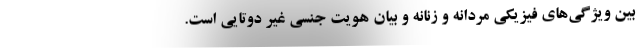
بین ویژگی‌های فیزیکی مردانه و زنانه و بیان هویت جنسی غیر دوتایی است.